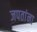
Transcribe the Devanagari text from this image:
जपतांना